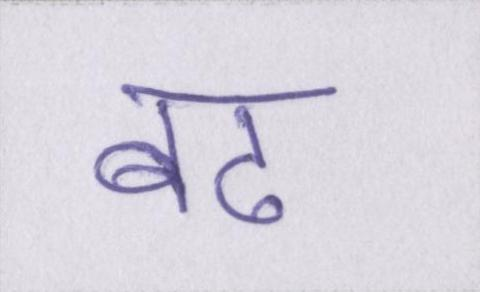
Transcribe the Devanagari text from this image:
बढ